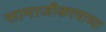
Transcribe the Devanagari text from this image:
सामाजीकरणाच्या